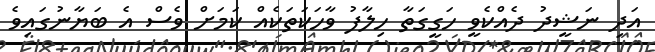
އަދި ނަޝީދު ދެއްކެވީ ހަގީގަތާ ހިލާފު ވާހަކަތަކެއް ކަމަށް ވެސް އެ ބަޔާނުގައިވެ